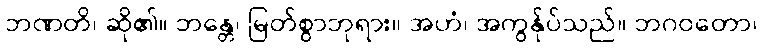
ဘဏတိ၊ ဆို၏။ ဘန္တေ၊ မြတ်စွာဘုရား။ အဟံ၊ အကွန်ုပ်သည်။ ဘဂဝတော၊